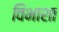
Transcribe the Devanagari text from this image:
विभाशा